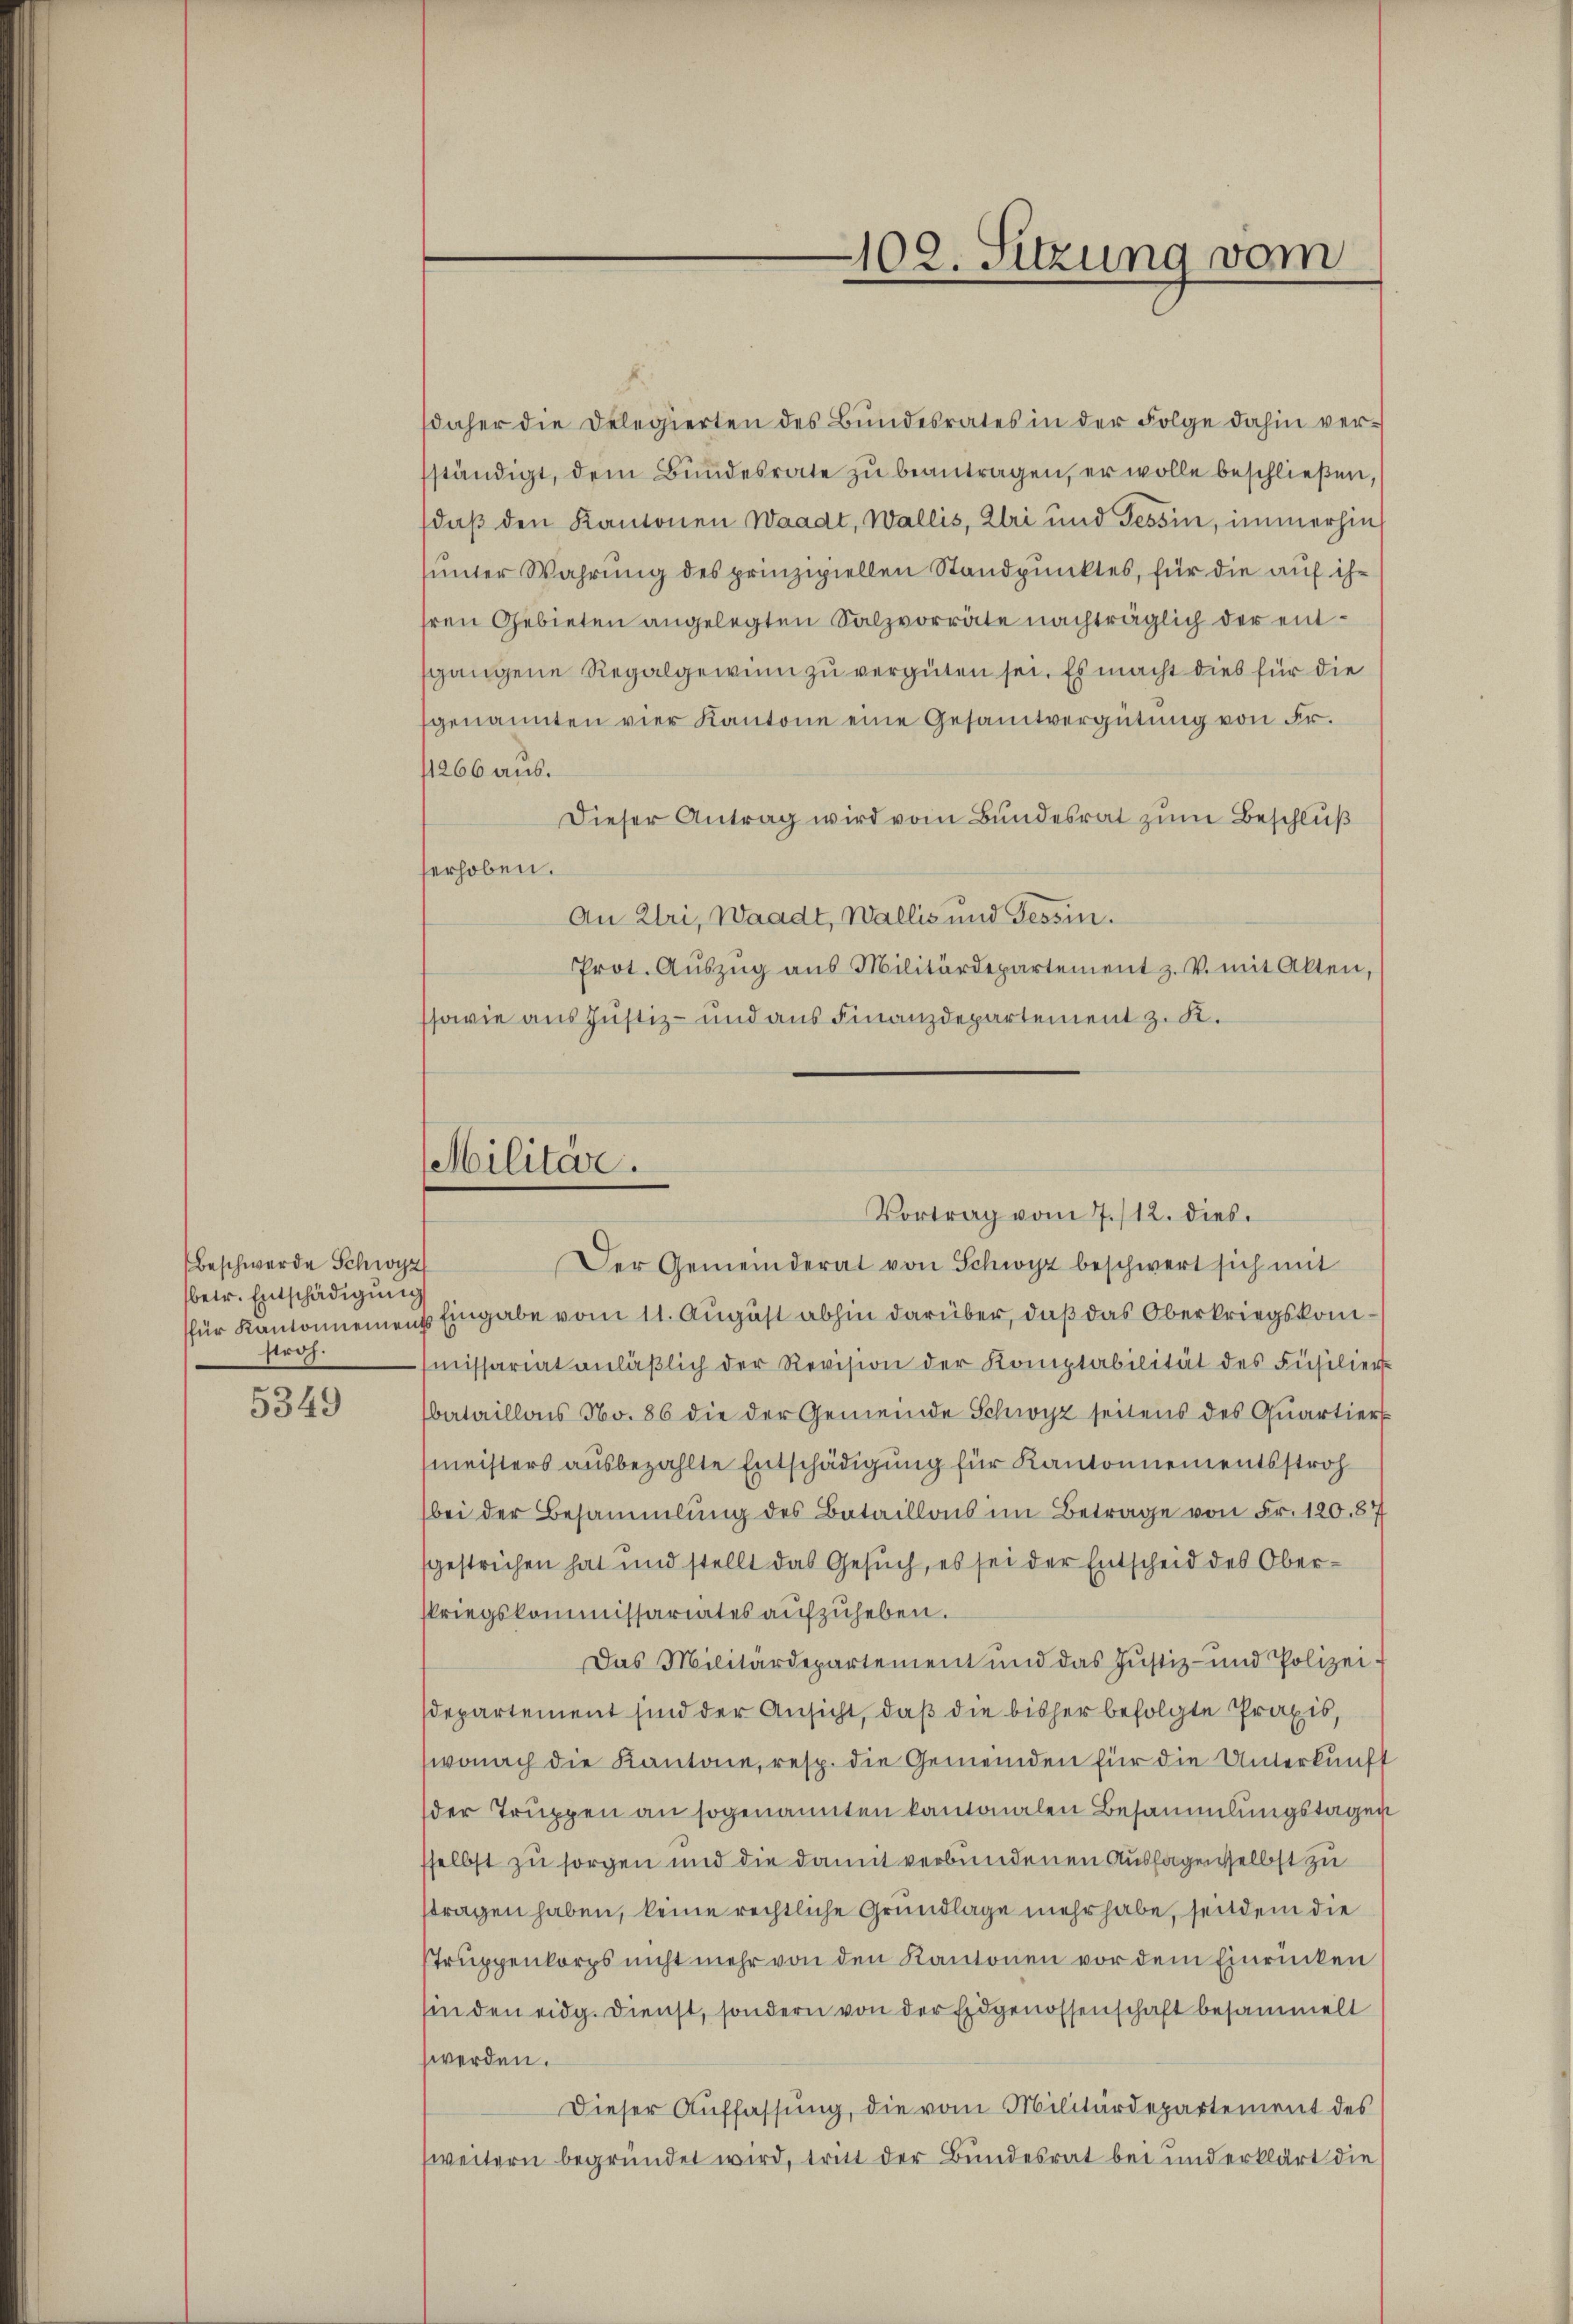
Beschwerde Schwyz
betr. Entschädigung
straf.

5349

102. Sitzung vom

daher die Delegierten des Bundesrates in der Folge dahin versständigt, dem Bundesrate zu beantragen, er wolle beschließen,
(daß den Kantonen Waadt, Wallis, Uri und Tessin, immerhin
sunter Wahrung des prinzipiellen Standpunktes, für die auf ihr
hren Gebieten angelegten Salzvorräte nachträglich der entsgangene Regalgewinn zu vergüten sei. Es macht dies für die
genannten vier Kantone eine Gesamtvergütung von Fr.
11266 aus.
Dieser Antrag wird vom Bundesrat zum Beschluß
erhoben.
An Uri, Waadt, Wallis und Tessin.
Prot. Aŭszŭg aŭs Militärdepartement z. V. mit Alten,
ssowie aus Justiz- und aus Finanzdepartement z. K.

Militär.
Vortrag vom 7./12. dies

Der Gemeinderat von Schwyz beschwert sich mit
für Kantonnement Eingabe vom 11. August abhin darüber, daß das Oberkriegskommissariat anläβlich der Revision der Komptabilität des Füsilier-
bataillons No. 86 die der Gemeinde Schwyz seitens des Quartiers
meisters ausbezahlte Entschädigung für Kantonnementsstroh
bei der Besammlung des Bataillons im Betrage von Fr. 120.87
sgestrichen hat und stellt das Gesuch, es sei der Entscheid des Oberskriegskommissariates aufzuheben.
Das Militärdepartement und das Jŭstiz- und Polizei-
sdepartement sind der Ansicht, daß die bisher befolgte Praxis,
wonach die Kantone, resp. die Gemeinden für die Unterkunft
der Truppen an sogenannten kantonalen Besammlungstagen
sselbst zu sorgen und die damit verbundenen Aussagenselbst zu
stragen haben, keine rechtliche Grundlage mehr habe, seitdem die
Struppenkorps nicht mehr von den Kantonen vor dem Einrücken
sin den eidg. Dienst, sondern von der Eidgenossenschaft besammelt
werden.
Dieser Auffassung, die vom Militärdepartement des
weitern begründet wird, tritt der Bundesrat bei und erklärt die